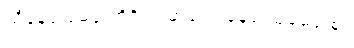
သိနေရု မေရု တိဒိဝါ၊ ဓာရော နေရု သုမေရု စ။